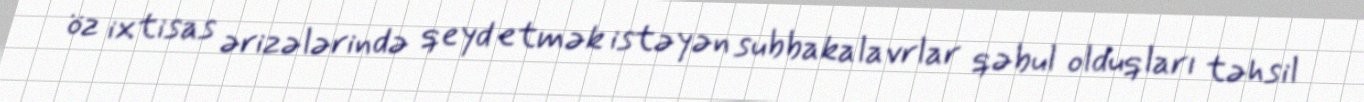
öz ixtisas ərizələrində qeyd etmək istəyən subbakalavrlar qəbul olduqları təhsil